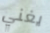
يغني